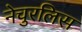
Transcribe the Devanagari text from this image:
नेचुरलिस